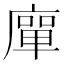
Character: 𭙴